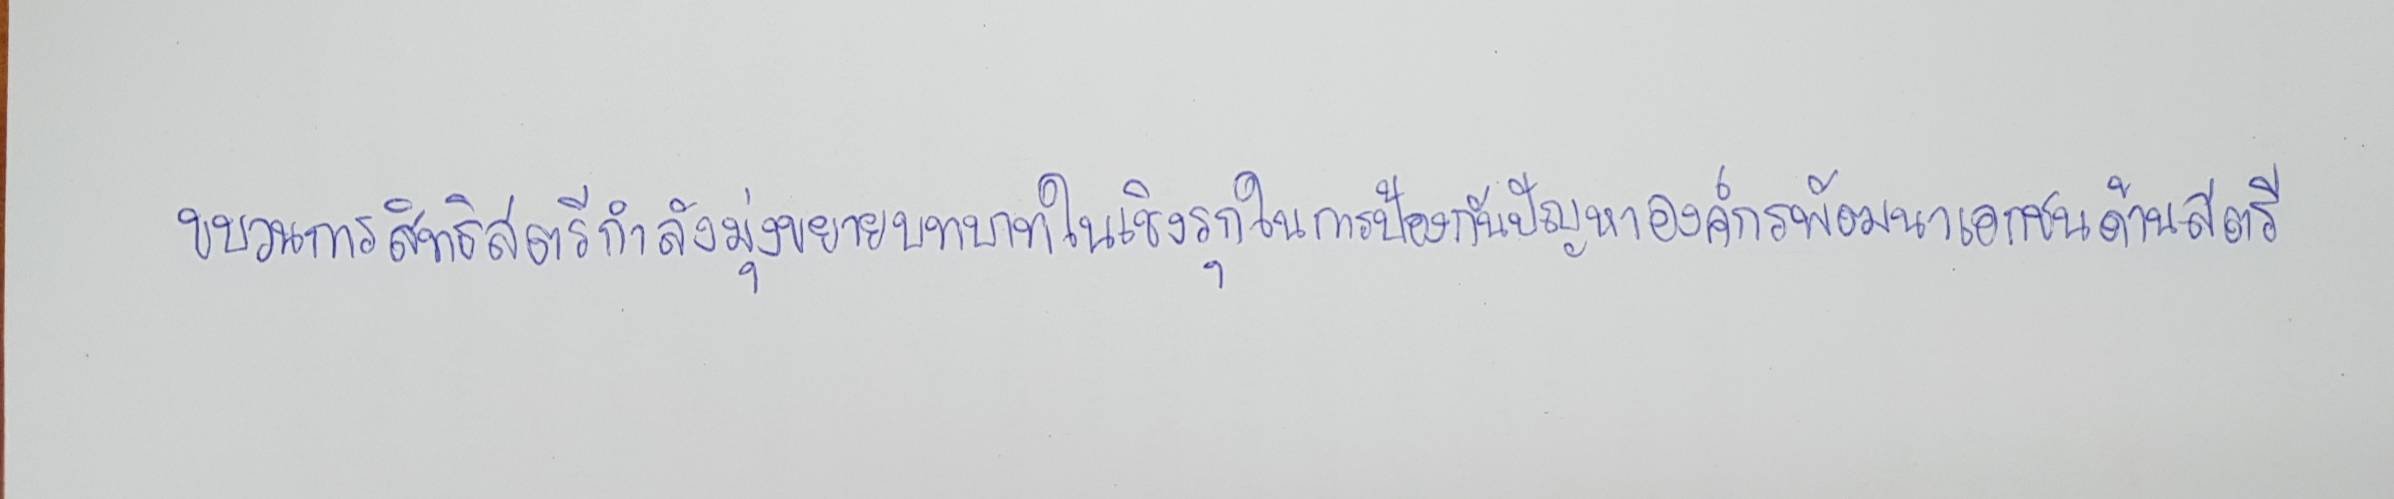
ขบวนการสิทธิสตรีกำลังมุ่งขยายบทบาทในเชิงรุกในการป้องกันปัญหาองค์กรพัฒนาเอกชนด้านสตรี